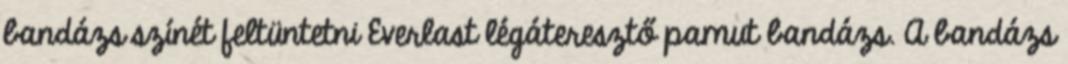
bandázs színét feltüntetni Everlast légáteresztő pamut bandázs. A bandázs